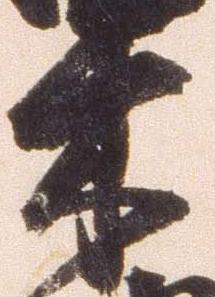
木